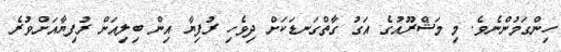
ހިންގަމުންނެވެ. މި މަޝްރޫއުގެ އަގު ގާތްގަނޑަކަށް ދިވެހި ރުފިޔާ އިން ބިލިއަން ރުފިޔާއަށްވުރެ